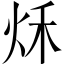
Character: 秌